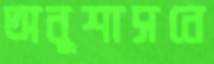
অনুশাসনে